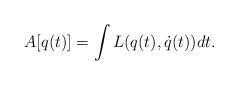
LaTeX: \begin{align*} A[q(t)]=\int{L(q(t), \dot{q}(t)}) dt.\end{align*}